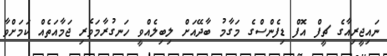
ނައިޖީރިއާގެ ޗީފް އޮފް ޑިފެންސްގެ މަގާމު ބާދޭއަށް ލިބިލެއްވީ ހަނގުރާމަވެރި ޖަމާއަތެއް ކަމަށްވާ